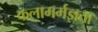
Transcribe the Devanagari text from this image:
कलामर्मज्ञता